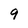
Character: 9